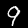
Label: 9